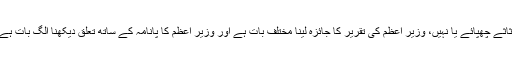
دستاویزات کا جائزہ لینے پرعلم ہوگا وزیر اعظم نے اثاثے چھپائے یا نہیں، وزیر اعظم کی تقریر کا جائزہ لینا مختلف بات ہے اور وزیر اعظم کا پانامہ کے ساتھ تعلق دیکھنا الگ بات ہے، ان کی تقریر پر فوجداری مقدمہ کیسے بن سکتا ہے۔